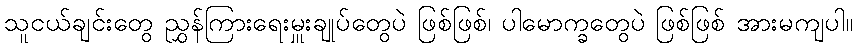
သူငယ်ချင်းတွေ ညွှန်ကြားရေးမှူးချုပ်တွေပဲ ဖြစ်ဖြစ်၊ ပါမောက္ခတွေပဲ ဖြစ်ဖြစ် အားမကျပါ။